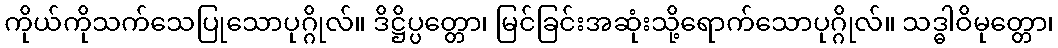
ကိုယ်ကိုသက်သေပြုသောပုဂ္ဂိုလ်။ ဒိဋ္ဌိပ္ပတ္တော၊ မြင်ခြင်းအဆုံးသို့ရောက်သောပုဂ္ဂိုလ်။ သဒ္ဓါဝိမုတ္တော၊